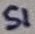
Text: S1